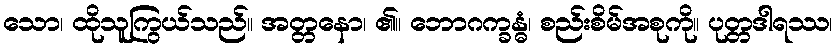
သော၊ ထိုသူကြွယ်သည်။ အတ္တနော၊ ၏။ ဘောဂက္ခန္ဓံ၊ စည်းစိမ်အစုကို။ ပုတ္တဒါရဿ၊